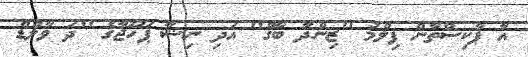
އާ ޕާކިސްތާން ފިލްމު ''ޒިންދާ ބާގް'' އަދި ނިޝާ ޕަހޫޖާގެ ''ދަ ވާލްޑް